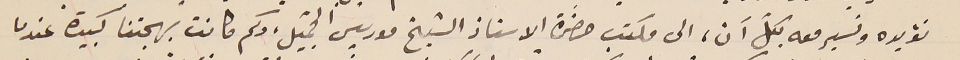
نؤيده ونسير معه بكلّ آن، الى مكتب حضرة الاستاذ الشيخ موريس الجميل، وكم كانت بهجتنا كبيرة عندما